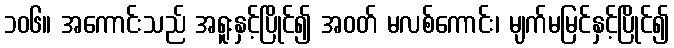
၁၀၆။ အကောင်းသည် အရူးနှင့်ပြိုင်၍ အဝတ် မလစ်ကောင်း၊ မျက်မမြင်နှင့်ပြိုင်၍